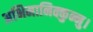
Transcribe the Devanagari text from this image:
अभिमानिक्कुन्नु।